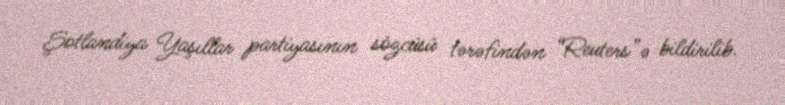
Şotlandiya Yaşıllar partiyasının sözcüsü tərəfindən “Reuters”ə bildirilib.